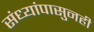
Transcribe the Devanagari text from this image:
संध्यांपासुनही